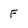
Character: F